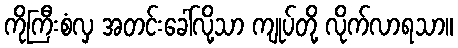
ကိုကြီးစံလှ အတင်းခေါ်လို့သာ ကျုပ်တို့ လိုက်လာရသာ။